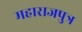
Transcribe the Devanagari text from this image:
महाराजपुत्र